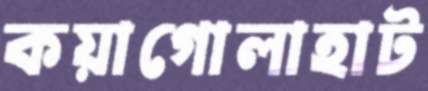
কয়াগোলাহাট